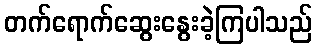
တက်ရောက်ဆွေးနွေးခဲ့ကြပါသည်